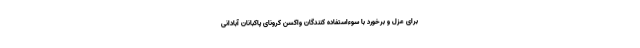
برای عزل و برخورد با سوءاستفاده‌ کنندگان واکسن کرونای پاکبانان آبادانی